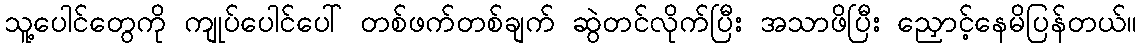
သူ့ပေါင်တွေကို ကျုပ်ပေါင်ပေါ် တစ်ဖက်တစ်ချက် ဆွဲတင်လိုက်ပြီး အသာဖိပြီး ညှောင့်နေမိပြန်တယ်။